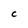
Character: C